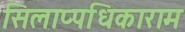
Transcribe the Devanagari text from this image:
सिलाप्पधिकाराम